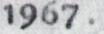
1967.